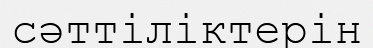
сәттіліктерін